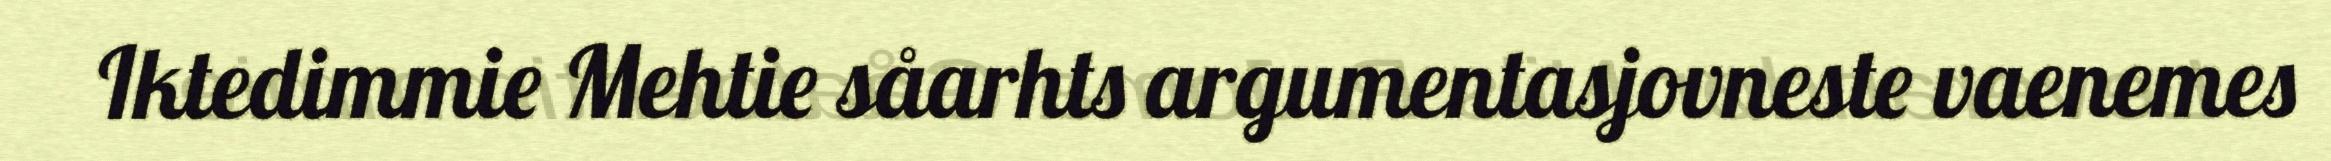
Iktedimmie Mehtie såarhts argumentasjovneste vaenemes